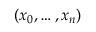
( x _ { 0 } , \ldots , x _ { n } )